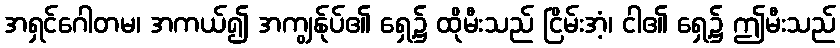
အရှင်ဂေါတမ၊ အကယ်၍ အကျွန်ုပ်၏ ရှေ့၌ ထိုမီးသည် ငြိမ်းအံ့၊ ငါ၏ ရှေ့၌ ဤမီးသည်